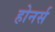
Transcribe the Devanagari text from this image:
होनर्स